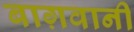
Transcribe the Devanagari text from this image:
बाग़वानी